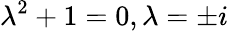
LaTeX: \lambda^{2}+1=0,\lambda=\pm i